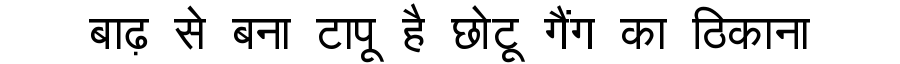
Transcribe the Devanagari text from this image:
बाढ़ से बना टापू है छोटू गैंग का ठिकाना